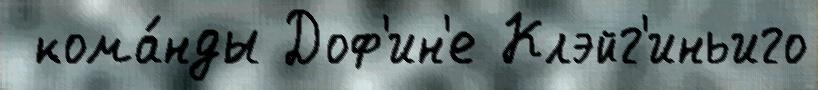
 кома́нды Доф'ин'е Клэйг'иньиго